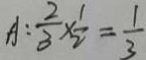
A : \frac { 2 } { 3 } \times \frac { 1 } { 2 } = \frac { 1 } { 3 }